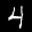
Label: 4